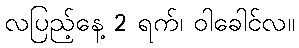
လပြည့်နေ့ 2 ရက်၊ ဝါခေါင်လ။